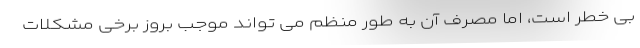
بی خطر است، اما مصرف آن به طور منظم می تواند موجب بروز برخی مشکلات